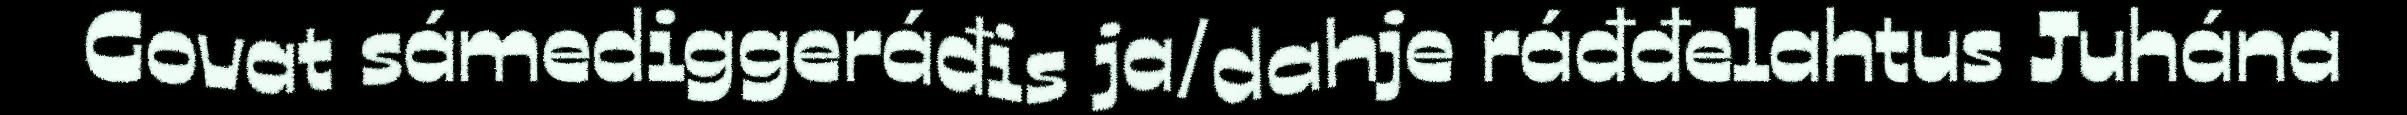
Govat sámediggeráđis ja/dahje ráđđelahtus Juhána